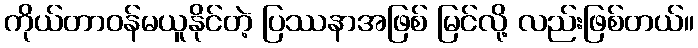
ကိုယ်တာဝန်မယူနိုင်တဲ့ ပြဿနာအဖြစ် မြင်လို့ လည်းဖြစ်တယ်။